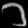
Digit: ၁